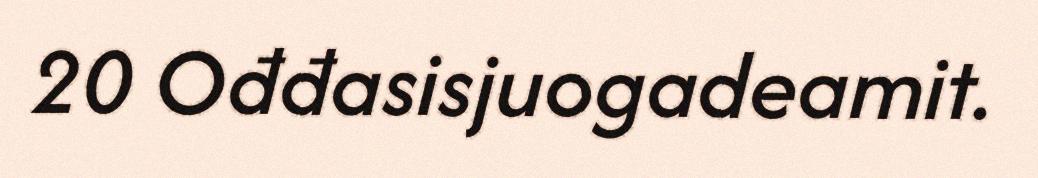
20 Ođđasisjuogadeamit.